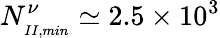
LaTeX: N_{_{II,min}}^{\nu}\simeq 2.5\times 10^{3}